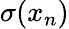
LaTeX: \sigma(x_{n})